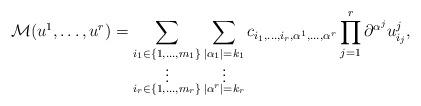
LaTeX: \begin{align*} \mathcal{M}(u^1,\dots,u^r) = \sum_{\substack{i_1 \in \{1,\dots,m_1\} \\ \vdots \\ i_r \in \{1,\dots,m_r\}}} \sum_{\substack{|\alpha_1| = k_1 \\ \vdots \\ |\alpha^r| = k_r}} c_{i_1,\dots,i_r,\alpha^1,\dots,\alpha^r} \prod_{j=1}^r \partial^{\alpha^j} u^j_{i_j},\end{align*}